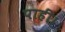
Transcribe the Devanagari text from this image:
पाहीं।